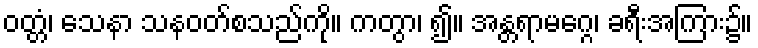
ဝတ္တံ၊ သေနာ သနဝတ်စသည်ကို။ ကတွာ၊ ၍။ အန္တရာမဂ္ဂေ၊ ခရီးအကြား၌။